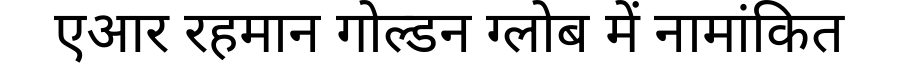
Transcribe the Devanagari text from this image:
एआर रहमान गोल्डन ग्लोब में नामांकित